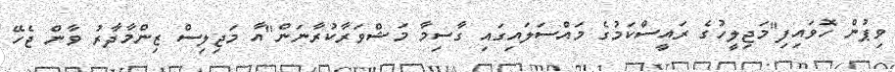
ވިޕުން ހޮވައިފި"މަޖިލީހުގެ ރައީސްކަމުގެ މައްސަލައިގައި ގާސިމާ މަޝްވަރާކުރާނަން"އާ މަޖިލިސް ޒިންމާދާރު ވާން ޖެހޭ